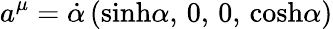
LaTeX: a^{\mu}={\dot{\alpha}}\, ({\sinh}\alpha,\, 0,\, 0,\, {\cosh}\alpha)